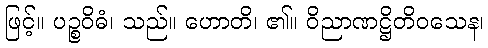
ဖြင့်။ ပဉ္စဝိဓံ၊ သည်။ ဟောတိ၊ ၏။ ဝိညာဏဋ္ဌိတိဝသေန၊